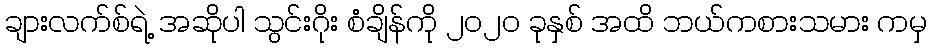
ချားလက်စ်ရဲ့ အဆိုပါ သွင်းဂိုး စံချိန်ကို ၂၀၂၀ ခုနှစ် အထိ ဘယ်ကစားသမား ကမှ